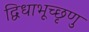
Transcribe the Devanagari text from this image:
द्विधाभूच्छृणु